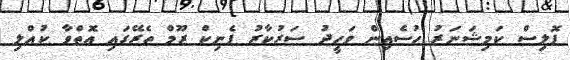
ޕޮލިސް ކަމިޝަނަރު ހުސެއިން ވަހީދު ސަރުކާރު ޕެނިކް ރޫމް ތެރޭގައި އޮތްވާ ކުއްލި